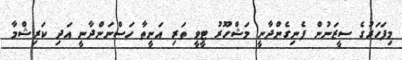
މިފަހަރުގެ ސީޒަނުން ފެނިގެންދާނީ މަޝްހޫރު ޓީވީ ތަރި އަނީތާ ހަސްނަންދާނީ އަދި ކަރިޝްމާ